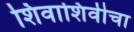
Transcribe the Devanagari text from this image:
शिवाशिवीचा